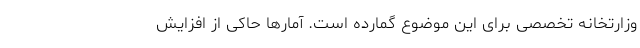
وزارتخانه تخصصی برای این موضوع گمارده است. آمارها حاکی از افزایش